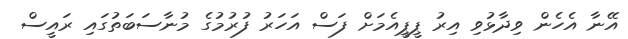
އޭނާ އެހެން ވިދާޅުވި އިރު ޕީޕީއެމަށް ފަސް އަހަރު ފުރުމުގެ މުނާސަބަތުގައި ރައީސް